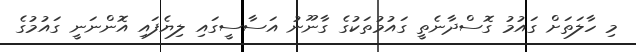
މި ހާލަތަށް ގައުމު ގޮސްދާނެތީ ގައުމުތަކުގެ ގާނޫނު އަސާސީގައި ލިޔެފައި އޮންނަނީ ގައުމުގެ